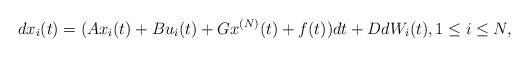
LaTeX: \begin{align*}dx_i(t)=(Ax_i(t)+Bu_i(t)+Gx^{(N)}(t) +f(t)) dt +D dW_i(t), 1\leq i \leq N, \end{align*}